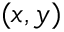
( x , y )